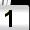
Digit: 1